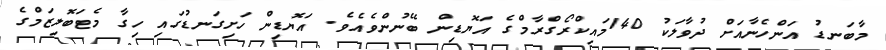
މާބަނޑު އަންހެނާއަށް ދުވާލަކު 140މައިކްރޯގްރާމްގެ އަޔޮޑިން ބޭނުންވެއެވެ. އަޔޮޑިން ހަށިގަނޑުގައި ހިގާ މެޓަބޮލިޒަމްގެ